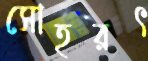
সোহরৎ